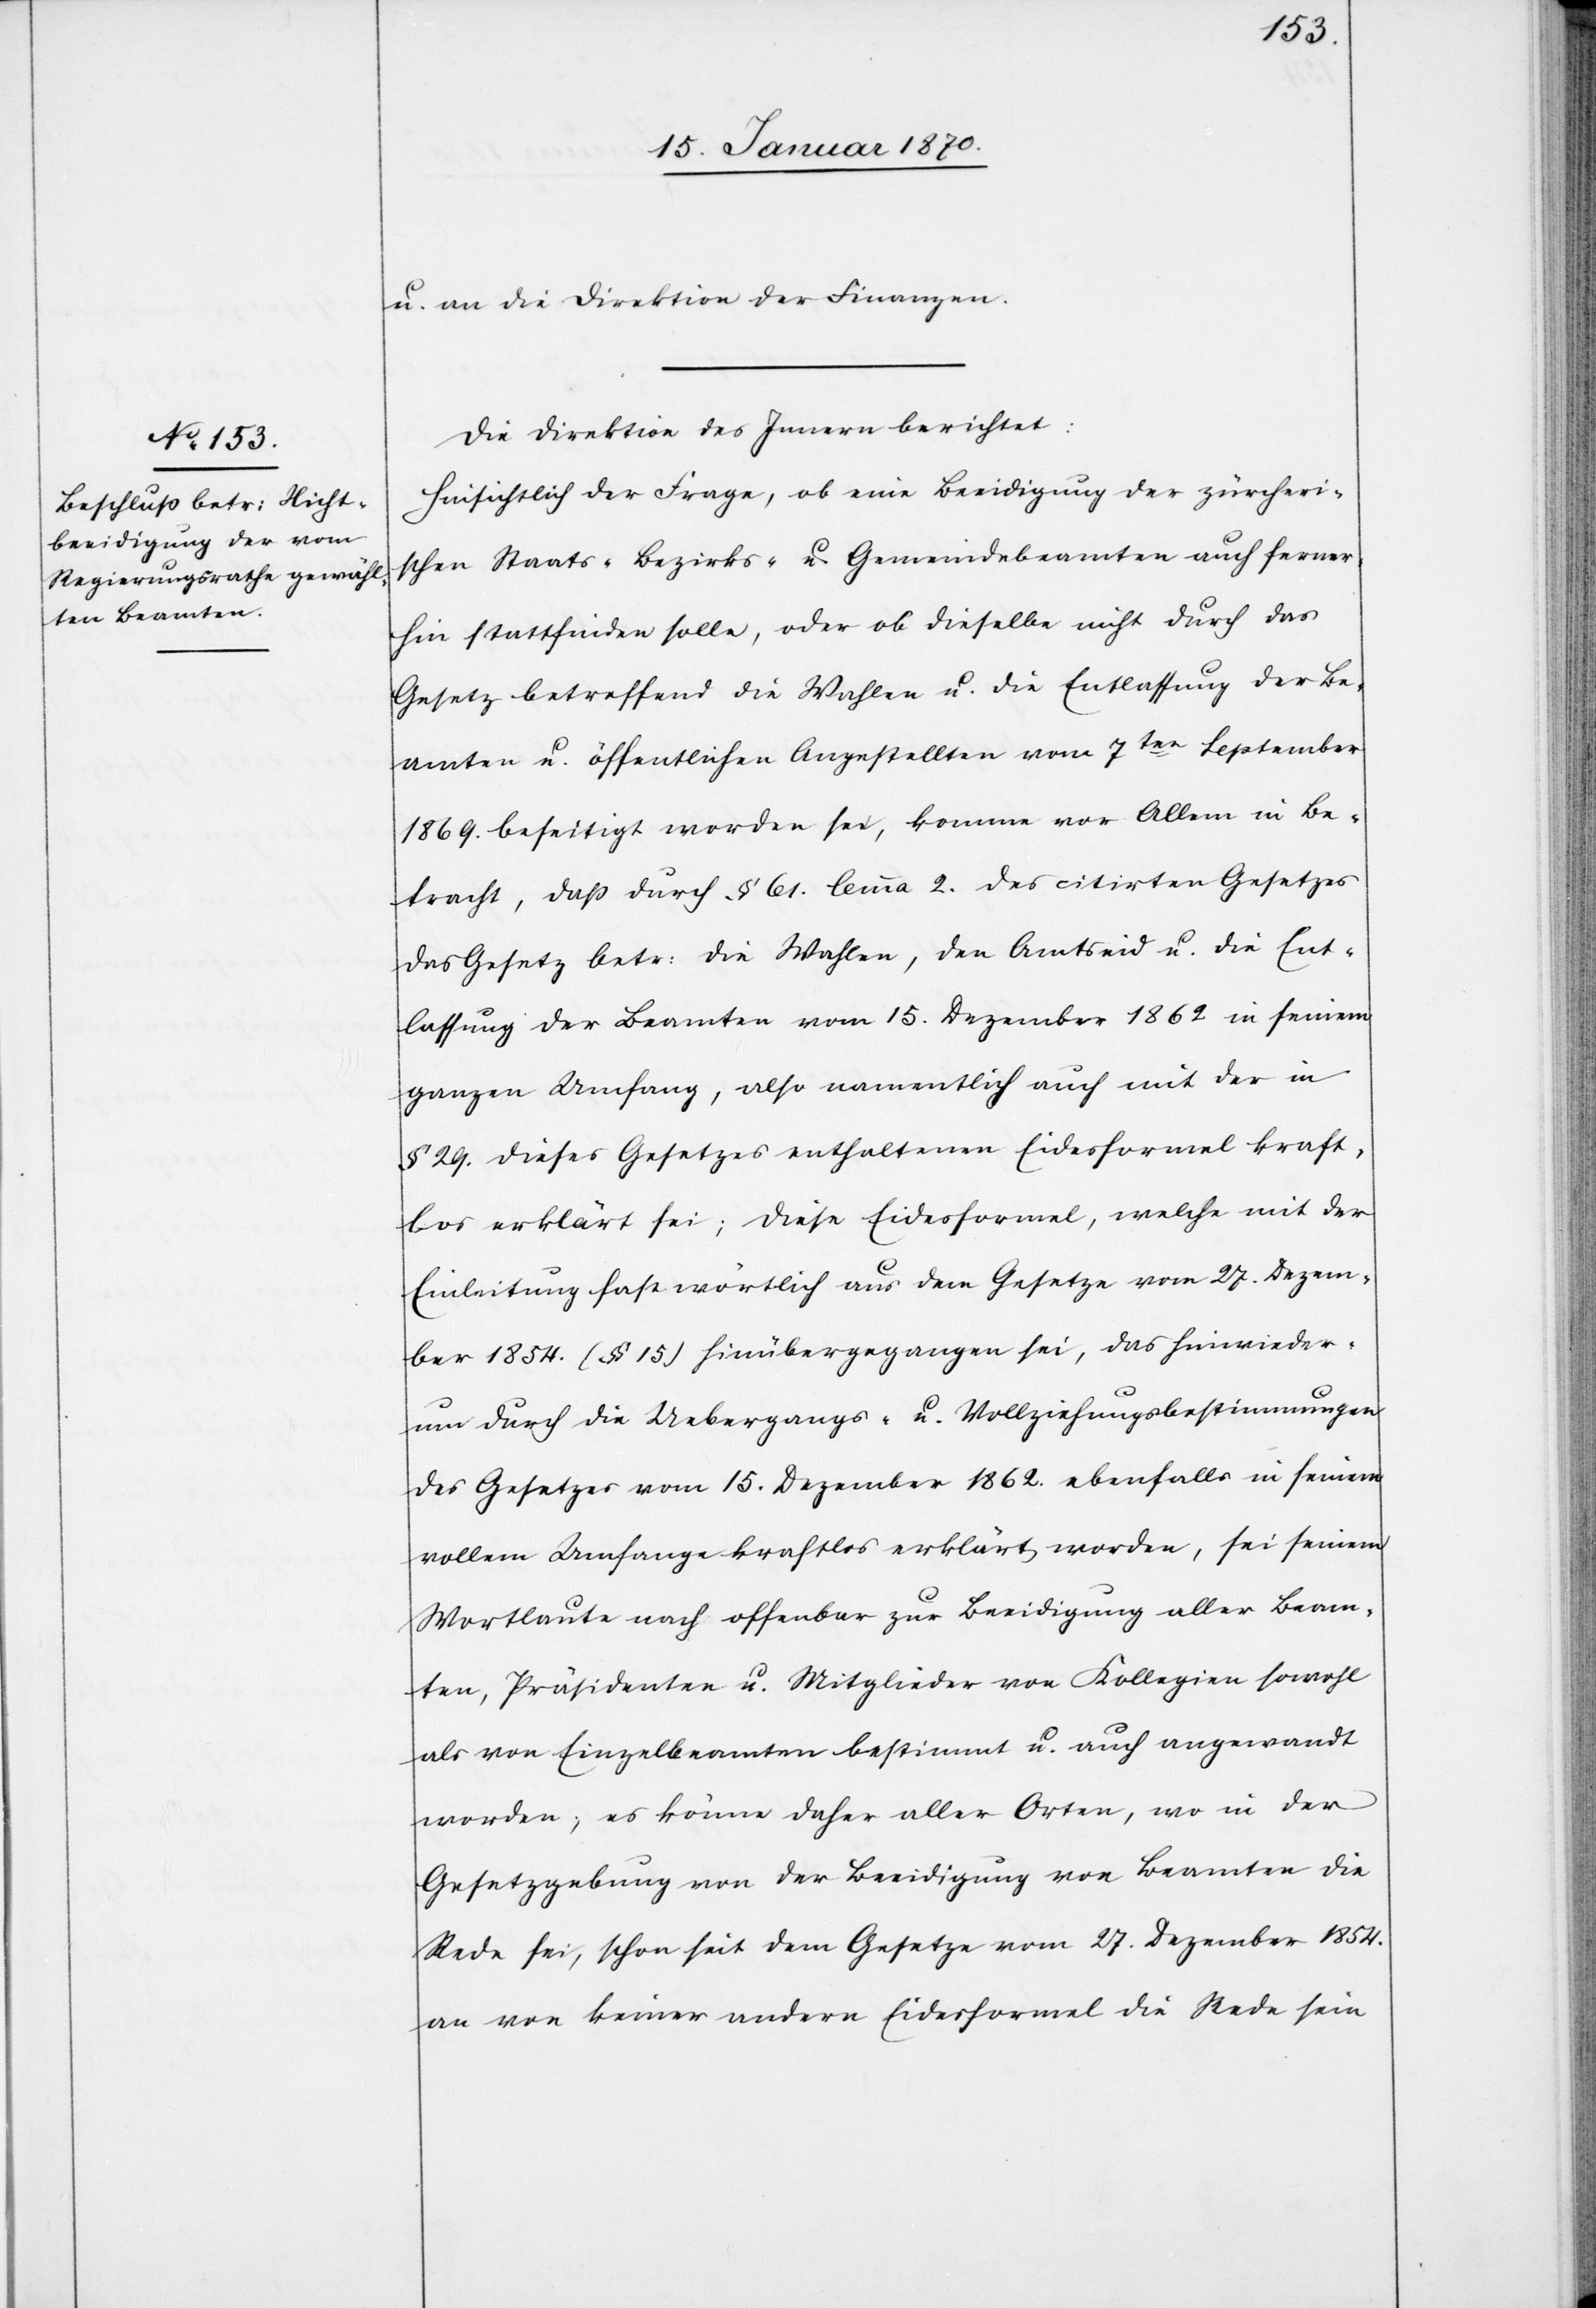
u. an die Direktion der Finanzen.
Die Direktion des Innern berichtet:
Hinsichtlich der Frage, ob eine Beeidigung der zürcheri¬
schen Staats-[,] Bezirks- u. Gemeindebeamten auch ferner¬
hin stattfinden solle, oder ob dieselbe nicht durch das
Gesetz betreffend die Wahlen u. die Entlassung der Be¬
amten u. öffentlichen Angestellten vom 7ten September
1869. beseitigt worden sei, komme vor Allem in Be¬
tracht, daß durch § 61. lemma 2. des citirten Gesetzes
das Gesetz betr: die Wahlen, den Amtseid u. die Ent¬
lassung der Beamten vom 15. Dezember 1862. in seinem
ganzen Umfang, also namentlich auch mit der in
§ 29. dieses Gesetzes enthaltenen Eidesformel kraft¬
los erklärt sei; diese Eidesformel, welche mit der
Einleitung fast wörtlich aus dem Gesetze vom 27. Dezem¬
ber 1854. (§ 15) hinübergegangen sei, das hinwieder¬
um durch die Uebergangs- u. Vollziehungsbestimmungen
des Gesetzes vom 15. Dezember 1862. ebenfalls in seinem
vollem [sic!] Umfange kraftlos erklärt worden, sei seinem
Wortlaute nach offenbar zur Beeidigung aller Beam¬
ten, Präsidenten u. Mitglieder von Kollegien sowohl
als von Einzelbeamten bestimmt u. auch angewandt
worden; es könne daher aller Orten, wo in der
Gesetzgebung von der Beeidigung von Beamten die
Rede sei, schon seit dem Gesetze vom 27. Dezember 1854.
an von keiner andern Eidesformel die Rede sein